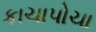
કાચાપોચા